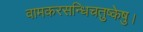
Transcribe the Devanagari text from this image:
वामकरसन्धिचतुष्केषु।